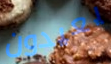
يعيدون